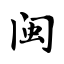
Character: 闽